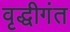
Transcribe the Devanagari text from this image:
वृद्धीगंत